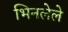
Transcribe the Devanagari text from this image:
भिनलेले